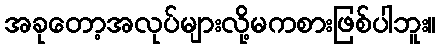
အခုတော့အလုပ်များလို့မကစားဖြစ်ပါဘူး။